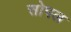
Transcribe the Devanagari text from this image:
सोपल